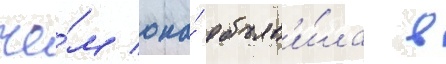
че́м она́ объяв'и́ла в